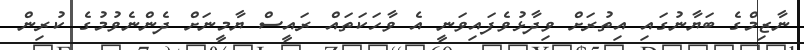
ނާޒިމްގެ ބަޔާނުގައި އިތުރަށް ވިދާޅުވެފައިވަނީ އެ ވާހަކަތައް ރައީސް ޔާމީނަށް ދެންނެވުމުގެ ކުރިން